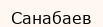
Санабаев